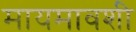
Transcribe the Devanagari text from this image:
मायमावशी